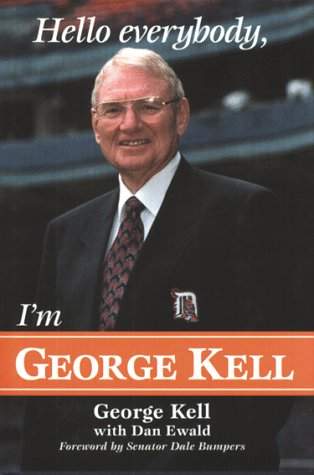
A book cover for Hello Everybody, I'm George Kell; George Kell; Sports & Outdoors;